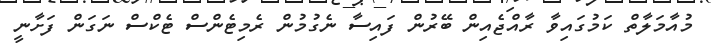
މުއާމަލާތް ކަމުގައިވާ ރާއްޖެއިން ބޭރުން ފައިސާ ނެގުމުން ރެމިޓެންސް ޓެކްސް ނަގަން ފަށާނީ